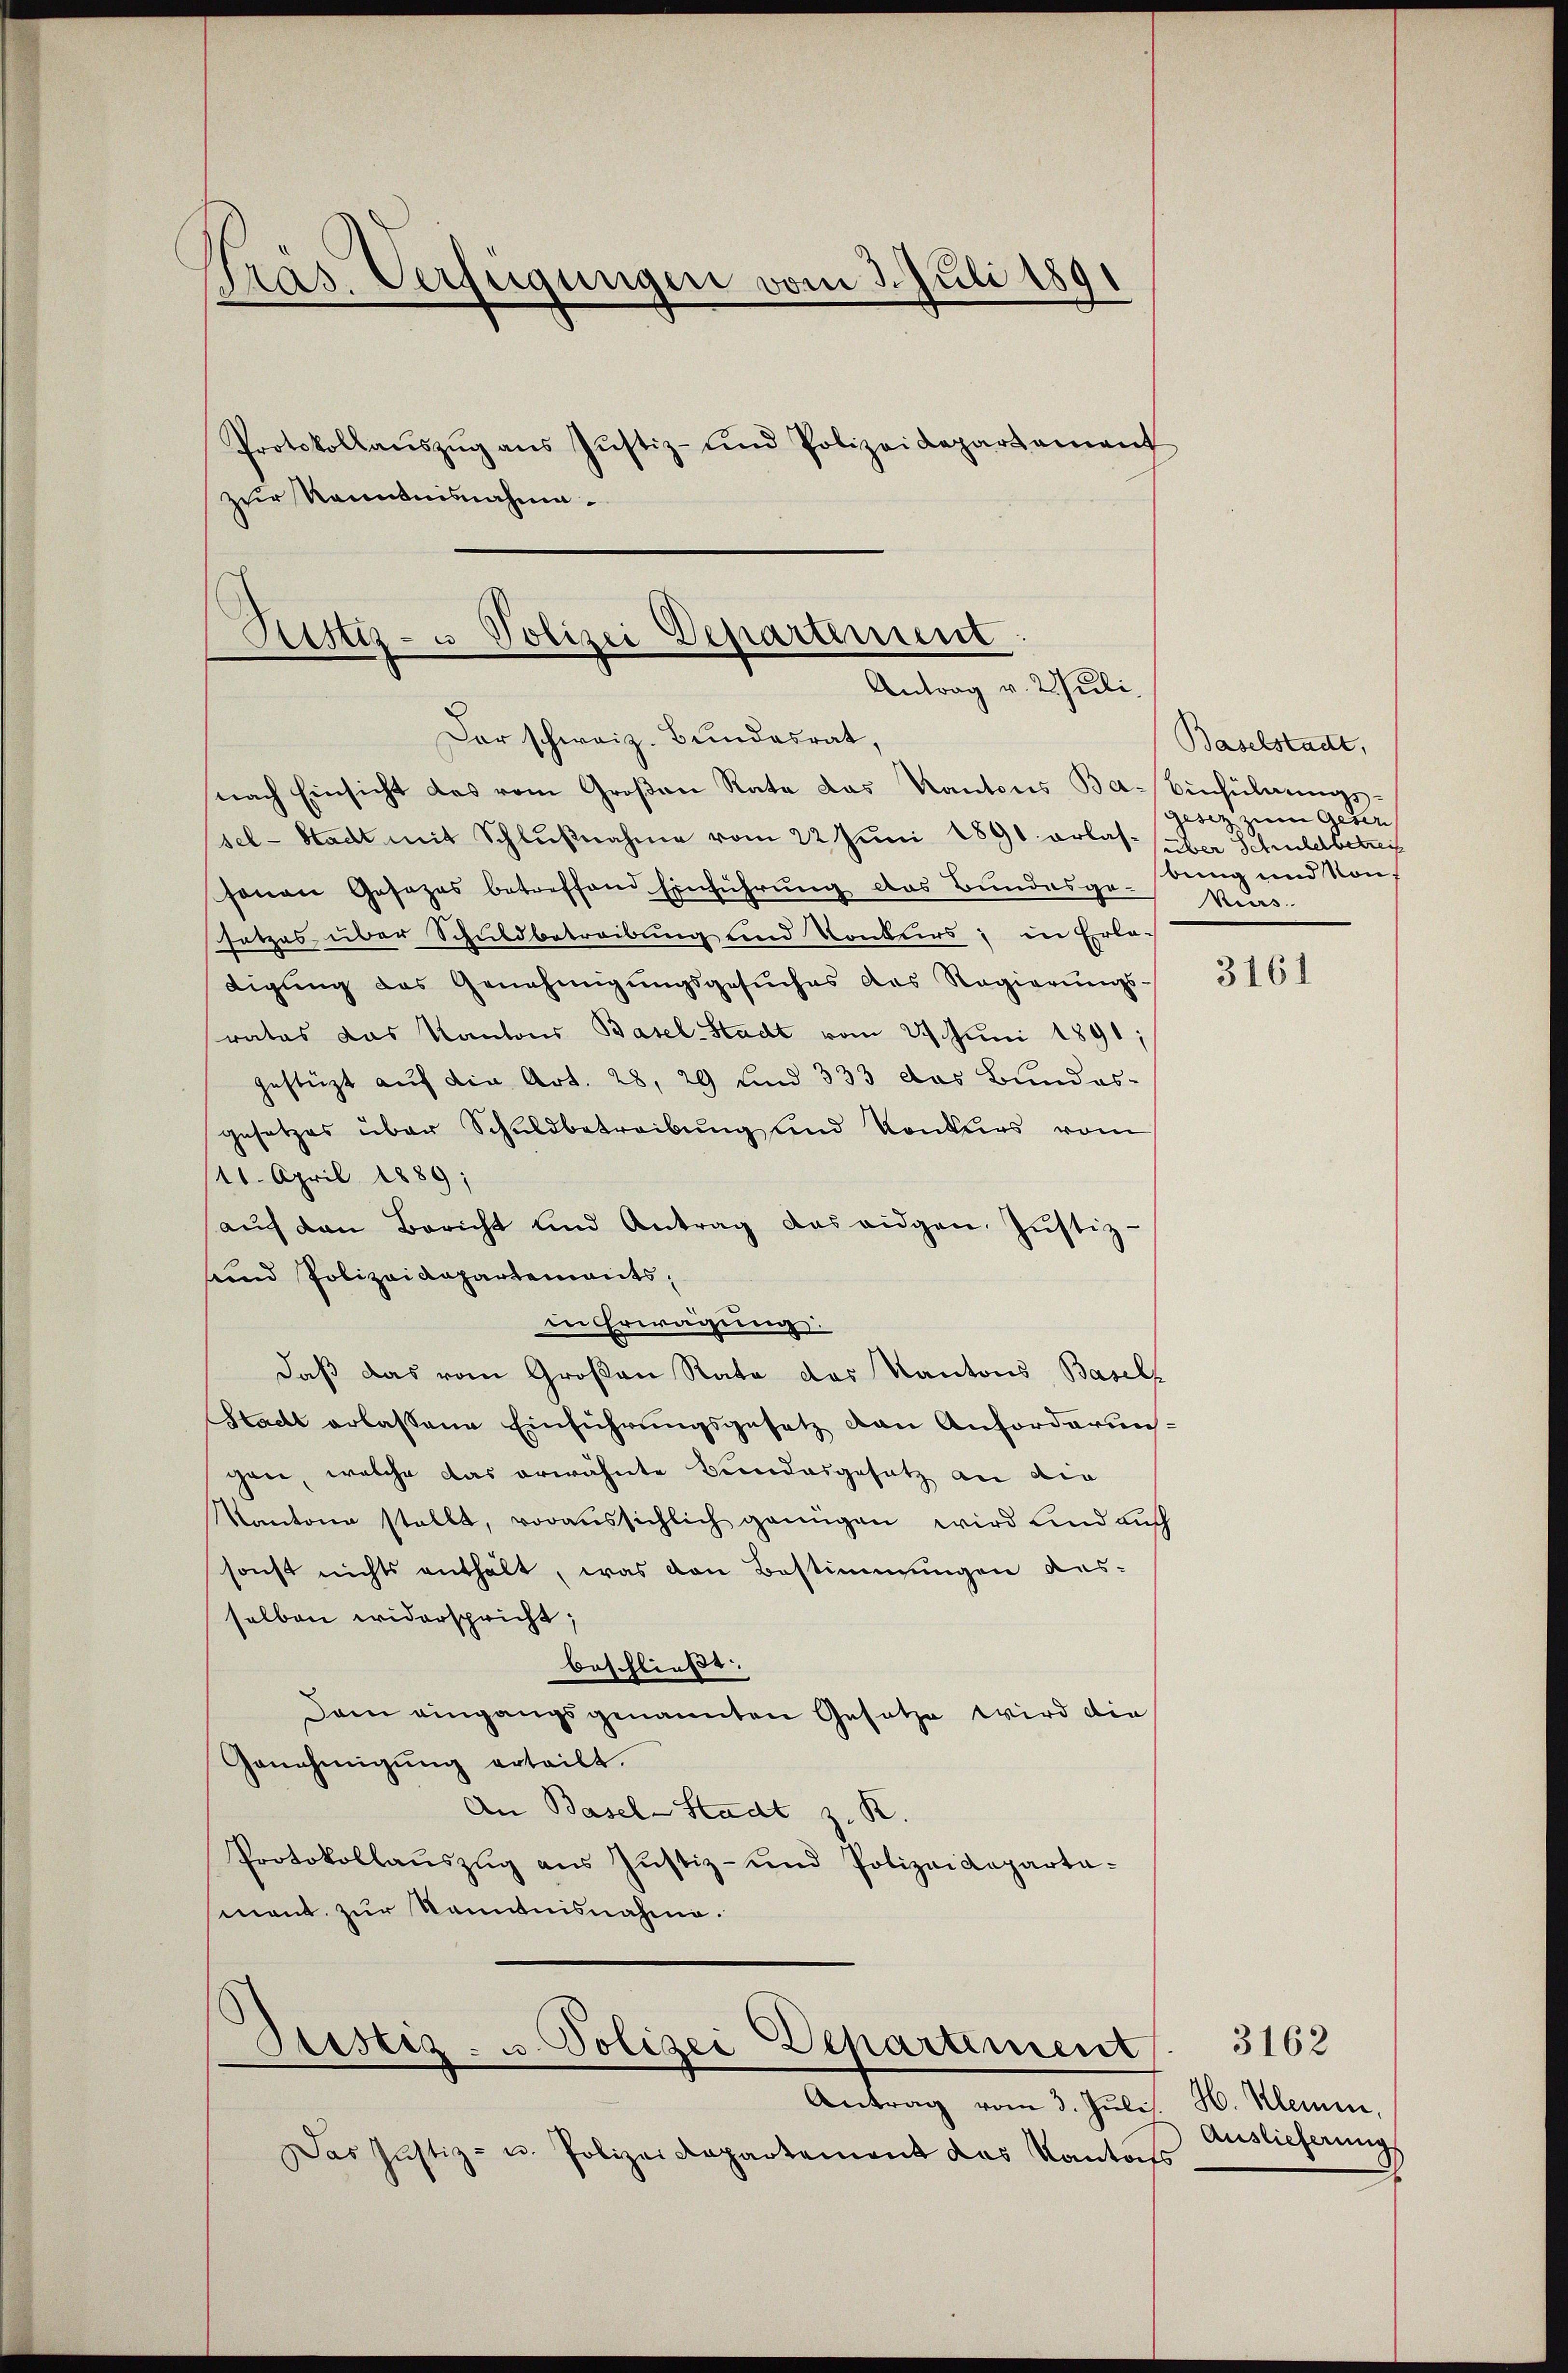
Träs. Verfügungen vom 3. Juli 1891
Protokollaŭszŭg ans Justiz- und Polizeidepartement
zur Kenntnisnahme.

Rustiz- u Polizei Departenunt
Antrag v. Willi¬

Dar schweiz. Bundesrat,
nach Einsicht das vom Großen Rata das Kantons Ba- Einführungssel-Stadt mit Schlußnahme vom 22 Juni 1891 erlas- aber Schulerbetreif
sonen Gesezes betreffend Einführung des Bundesgebung und Kon-
setzes über Schuldbetreibung und Konkurs; in Erla-
tigŭng des Genehmigŭngsgesŭches das Regierŭngs-
rates das Kantons Basel-Stadt vom 21. Juni 1891;
gestüzt auf die Art. 28, 29 und 333 das Bundes-
gesetzes über Schuldbetreibung und Konkurs vom
111. April 1889;
aŭf den Bericht und Antrag das eidgen. Jŭstiz-
sund Polizeidepartements,
in Erwägung:
daß das vom Großen Rata das Kantons Basels
Stacht erlassene Einführungsgesetz den Anforderunggane, welche das erwähnte Bundesgesetz an die
Kantone stellt, voraussichlich genügen wird und auch
sonst nichts enthält, was den Bestimmungen ausselben widerspricht;
beschließt:
Dem eingangsgenannten Gesetze wird die
Genehmigŭng erteilt.
An Basel-Stadt z. R.
Protokollaŭszŭg aŭs Justiz- und Polizeideparta-
ment zur Kenntnisnahme.

Justiz- u. Polizei Departiment

Das Justiz- u. Polizeidepartement das Kantons

Antrag vom 3. Juli. H. Klein,

Baselstadt,
Gesez zum Geser
kurs

3161

Auslieferung

3162